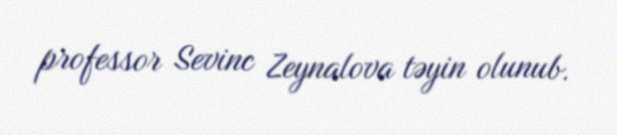
professor Sevinc Zeynalova təyin olunub.